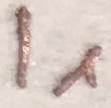
Text: I1